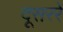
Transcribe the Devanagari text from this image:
दूसररे